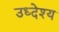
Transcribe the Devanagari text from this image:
उध्देश्य